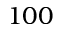
1 0 0